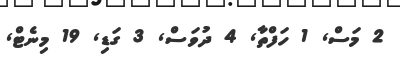
2 މަސް